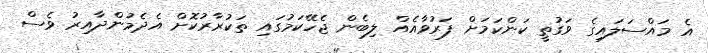
އެ މައްސަލައިގެ ވަގުތީ ކަންކަމަށް ފަރުވާއެއް ލިބެން ޖެހޭކަމުގައި ތަކުރާރުކޮށް އެދެމުންދާއިރު ވެސް